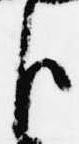
臣